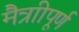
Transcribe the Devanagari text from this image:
मैत्राीपूर्ण